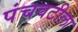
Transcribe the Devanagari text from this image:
पंचवटीला